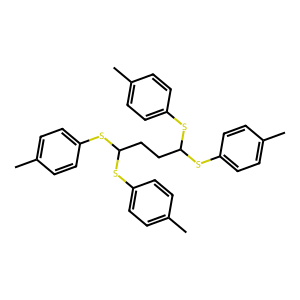
SMILES: Cc1ccc(SC(CCC(Sc2ccc(C)cc2)Sc2ccc(C)cc2)Sc2ccc(C)cc2)cc1
Inhibits HIV replication: No